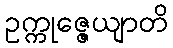
ဥက္ကုဇ္ဇေယျာတိ